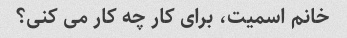
خانم اسمیت، برای کار چه کار می کنی؟